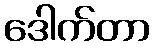
ဒေါက်တာ